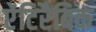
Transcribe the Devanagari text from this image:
ऐंटिरैबिक